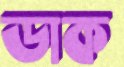
ডাক